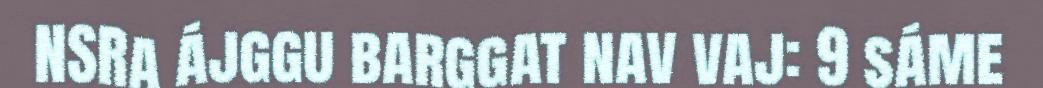
NSRa ájggu barggat nav vaj: 9 sáme